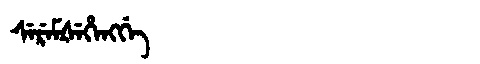
Manchu: ᠰᡝᡵᡝᠮᡧᡝᡥᡝᠩᡤᡝ
Romanization: SEREMŠEHENGGE